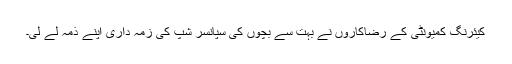
کیئرنگ کمیونٹی کے رضاکاروں نے بہت سے بچوں کی سپانسر شپ کی زمہ داری اپنے ذمہ لے لی۔